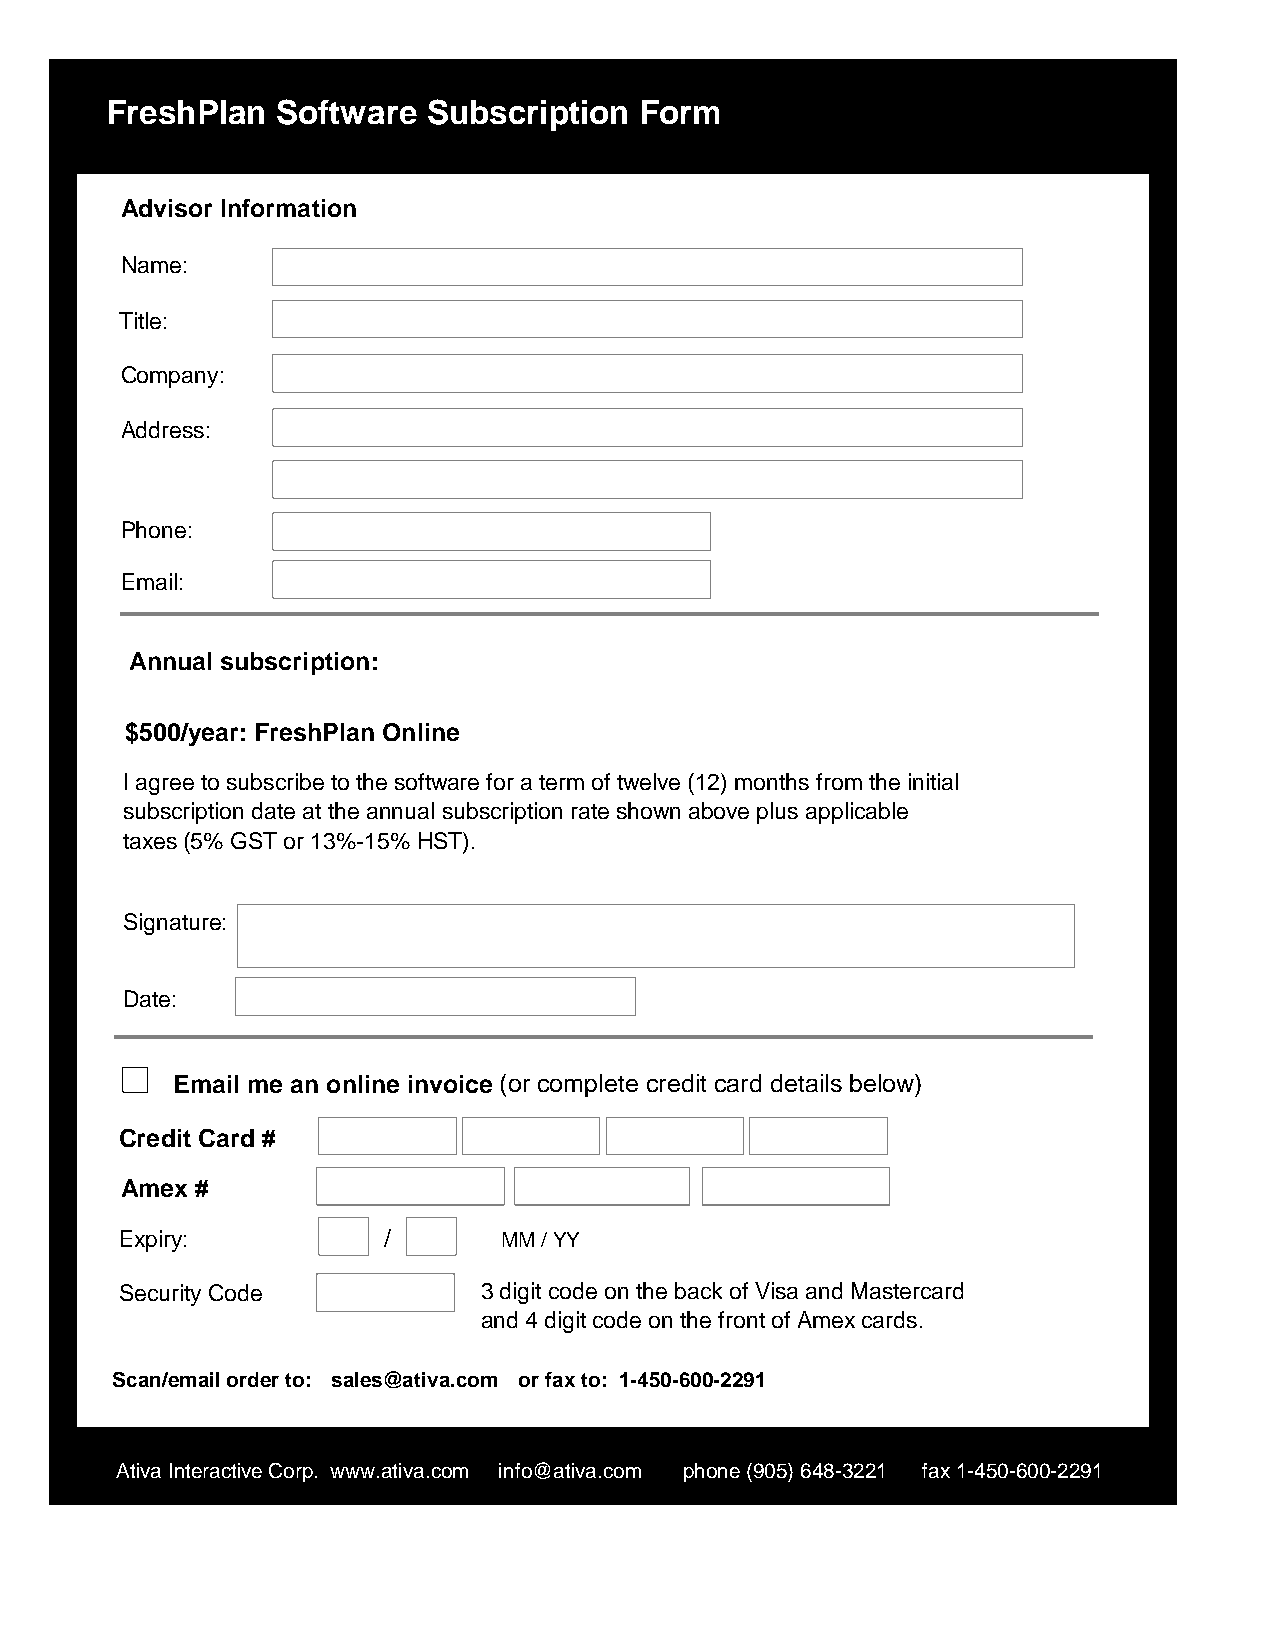
FreshPlan  Software  Subscription  Form
 Advisor Information
 Name:
 Title:
 Company:
 Address:
 Phone:
 Email:
 Annual subscription:
 $500/year: FreshPlan Online
 I agreetosubscribetothesoftwarefor atermof twelve(12)monthsfromtheinitial
 subscriptiondate at the annualsubscriptionrate shownabove plusapplicable
 taxes(5% GSTor 13%-15%HST).
 Signature:
 Date:
 Email me an online invoice (or complete credit card details below)
 Credit Card #
 Amex #
 Expiry:          /       MM/YY
 SecurityCode            3digit codeontheback of VisaandMastercard
 and4digitcodeonthefrontof Amexcards.
 Scan/emailorderto: sales@ativa.com orfaxto: 1-450-600-2291
 AtivaInteractiveCorp. www.ativa.com info@ativa.com phone(905)648-3221 fax1-450-600-2291